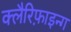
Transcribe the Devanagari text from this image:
क्लैरिफ़ाइन्ग